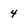
Character: 4